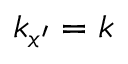
k _ { x ^ { \prime } } = k